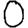
Digit: 0